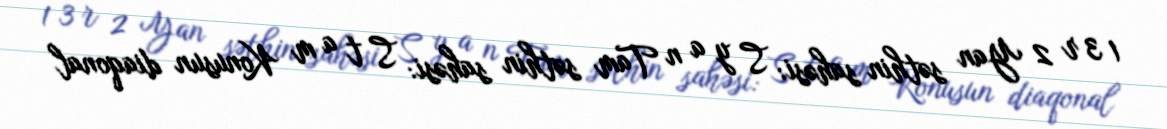
1 3 r 2 Yan səthin sahəsi: S y a n Tam səthin sahəsi: S t a m Konusun diaqonal